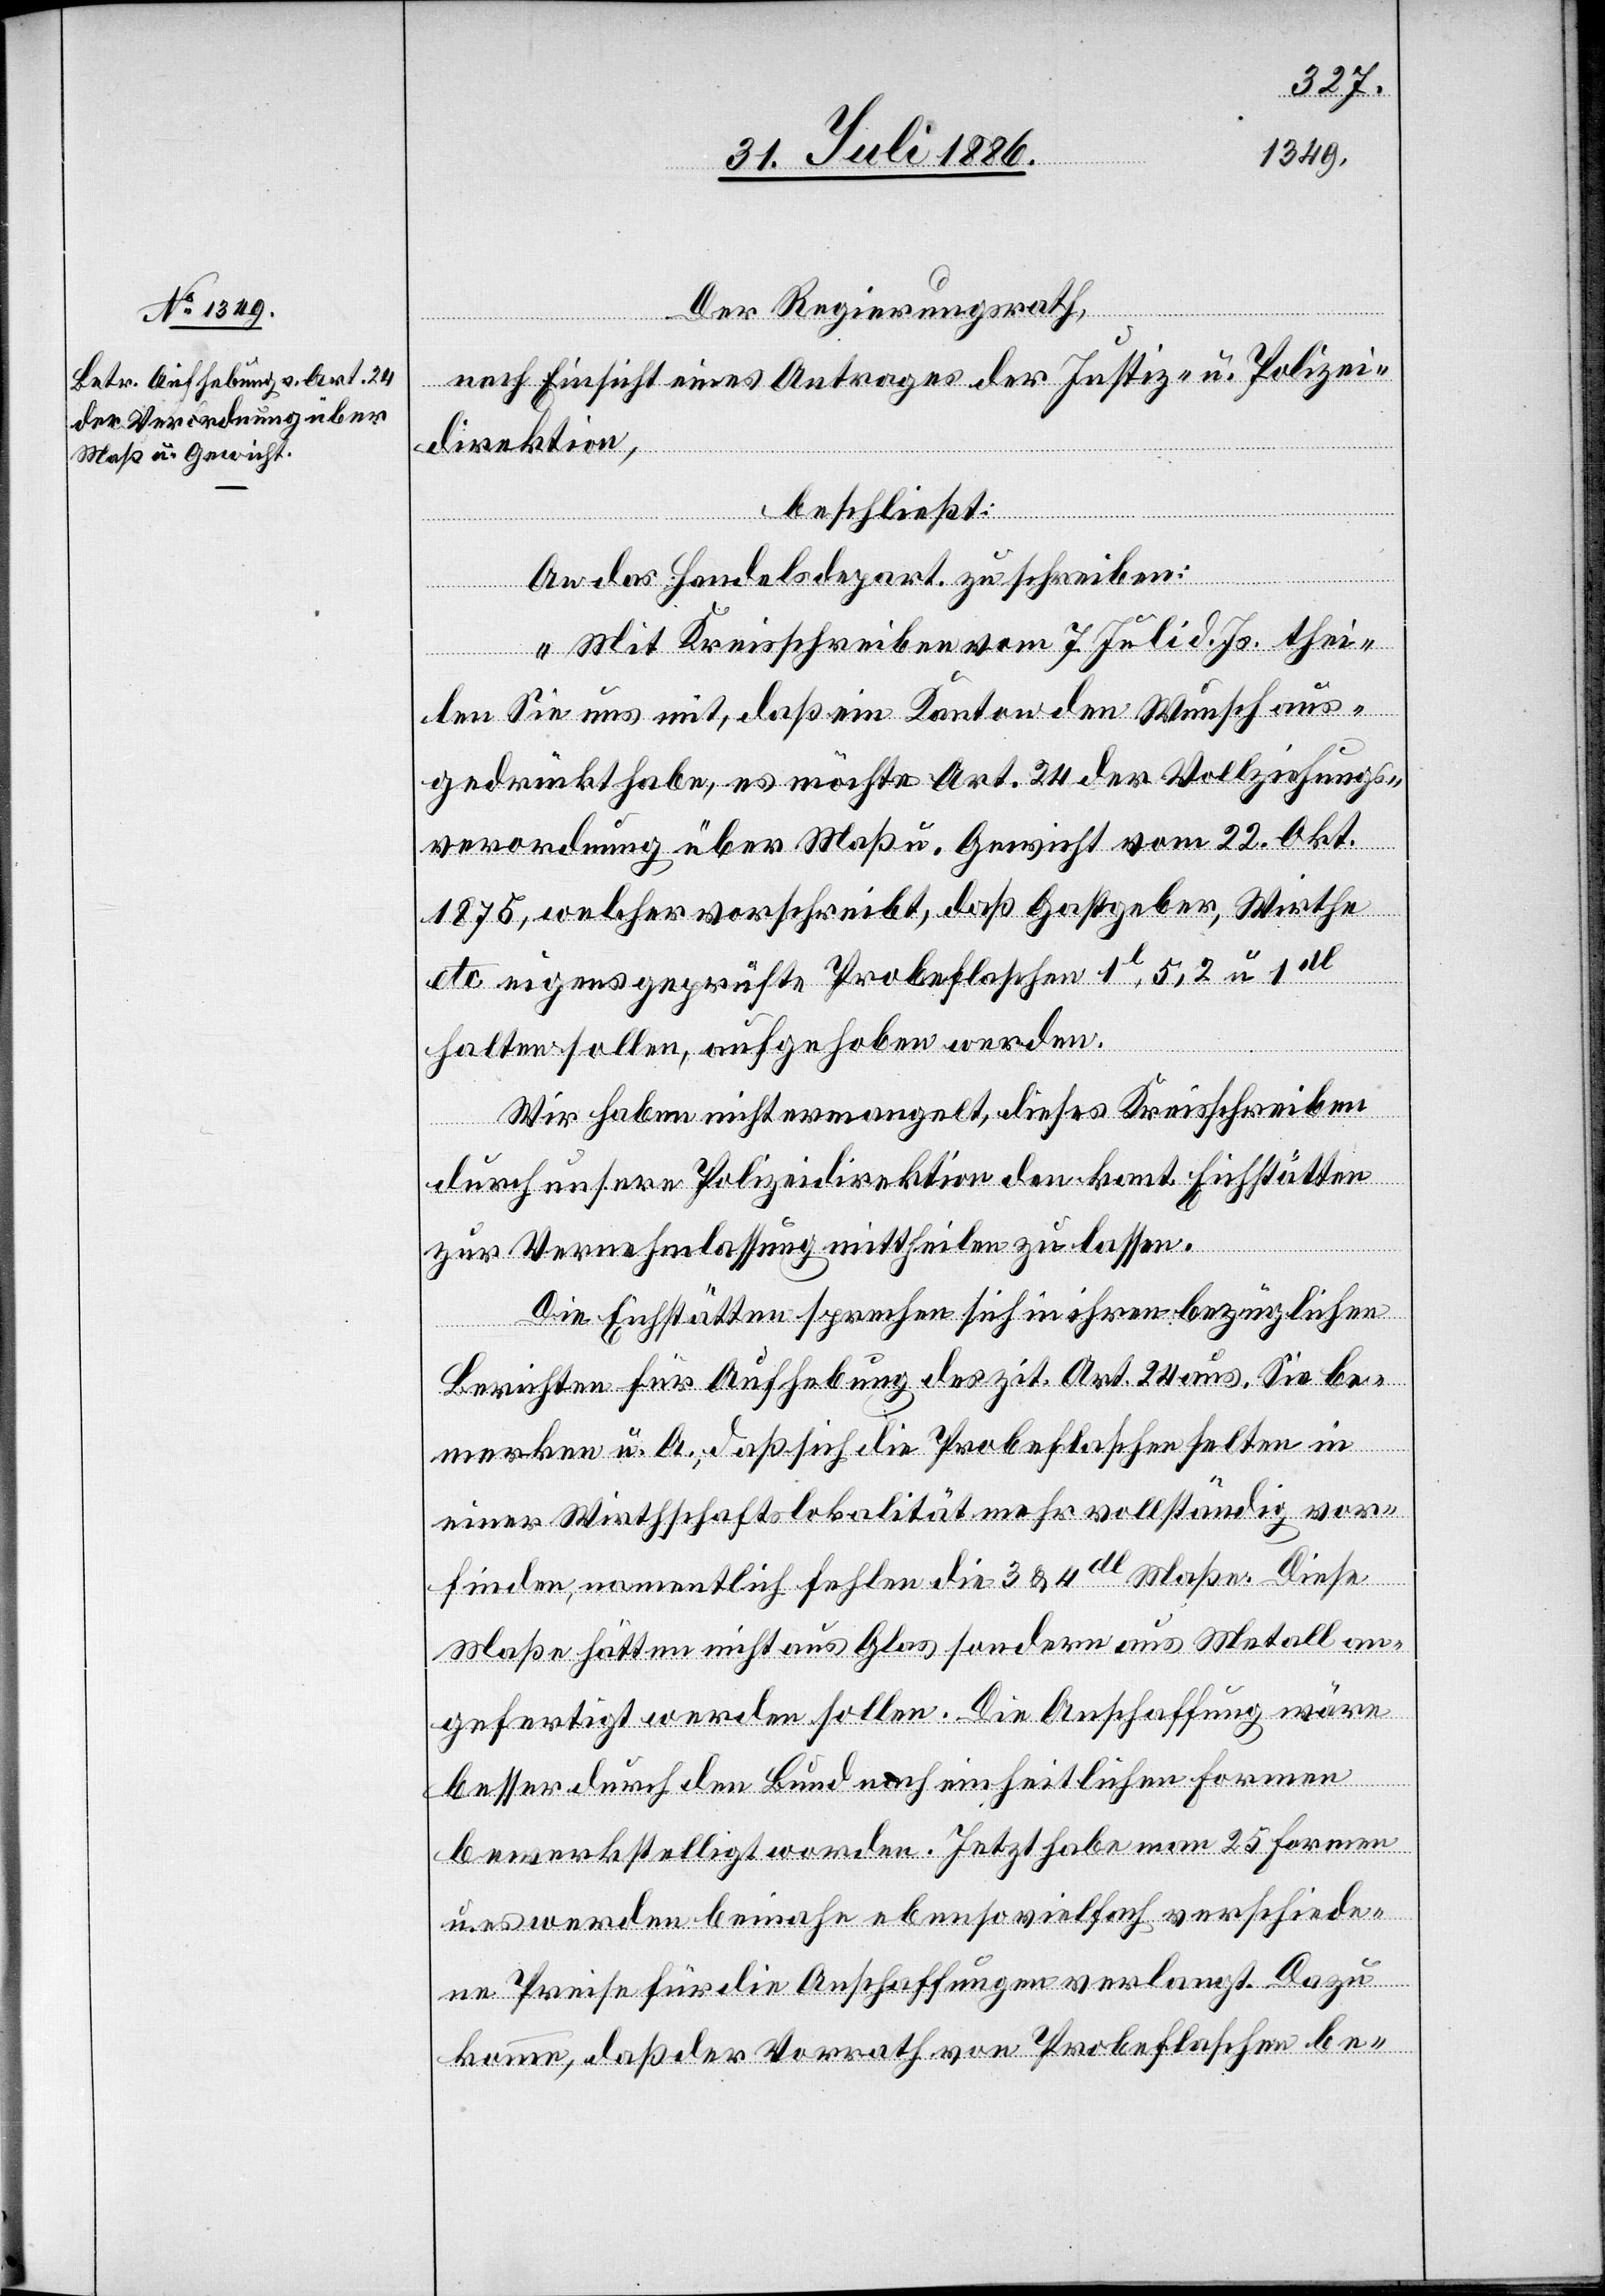
Der Regierungsrath,
nach Einsicht eines Antrages der Justiz- u. Polizei¬
direktion,
beschließt:
An das Handelsdepart. zu schreiben:
„Mit Kreisschreiben vom 7. Juli d. Js. thei¬
len Sie uns mit, daß ein Kanton den Wunsch aus¬
gedrückt habe, es möchte Art. 24 der Vollziehungs¬
verordnung über Maß u. Gewicht vom 22. Okt.
1875, welcher vorschreibt, daß Gastgeber, Wirthe
etc. eigens geprüfte Probeflaschen 1l, 5, 2 u. 1dl
halten sollen, aufgehoben werden.
Wir haben nicht ermangelt, dieses Kreisschreiben
durch unsere Polizeidirektion den kant. Eichstätten
u.
zur Vernehmlassung mittheilen zu lassen.
Die Eichstätten sprechen sich in ihren bezüglichen
Berichten für Aufhebung des zit. Art. 24 aus. Sie be¬
merken u. A., daß sich die Probeflaschen selten in
einer Wirthschaftslokalität mehr vollständig vor¬
finden, namentlich fehlen die 3 & 4dl Maße. Diese
Maße hätten nicht aus Glas sondern aus Metall an¬
gefertigt werden sollen. Die Anschaffung wäre
besser durch den Bund nach einheitlichen Formen
bewerkstelligt worden. Jetzt habe man 25 Formen
es werden beinahe ebenso vielfach verschiede¬
ne Preise für die Anschaffungen verlangt. Dazu
komme, daß der Vorrath von Probeflaschen be-